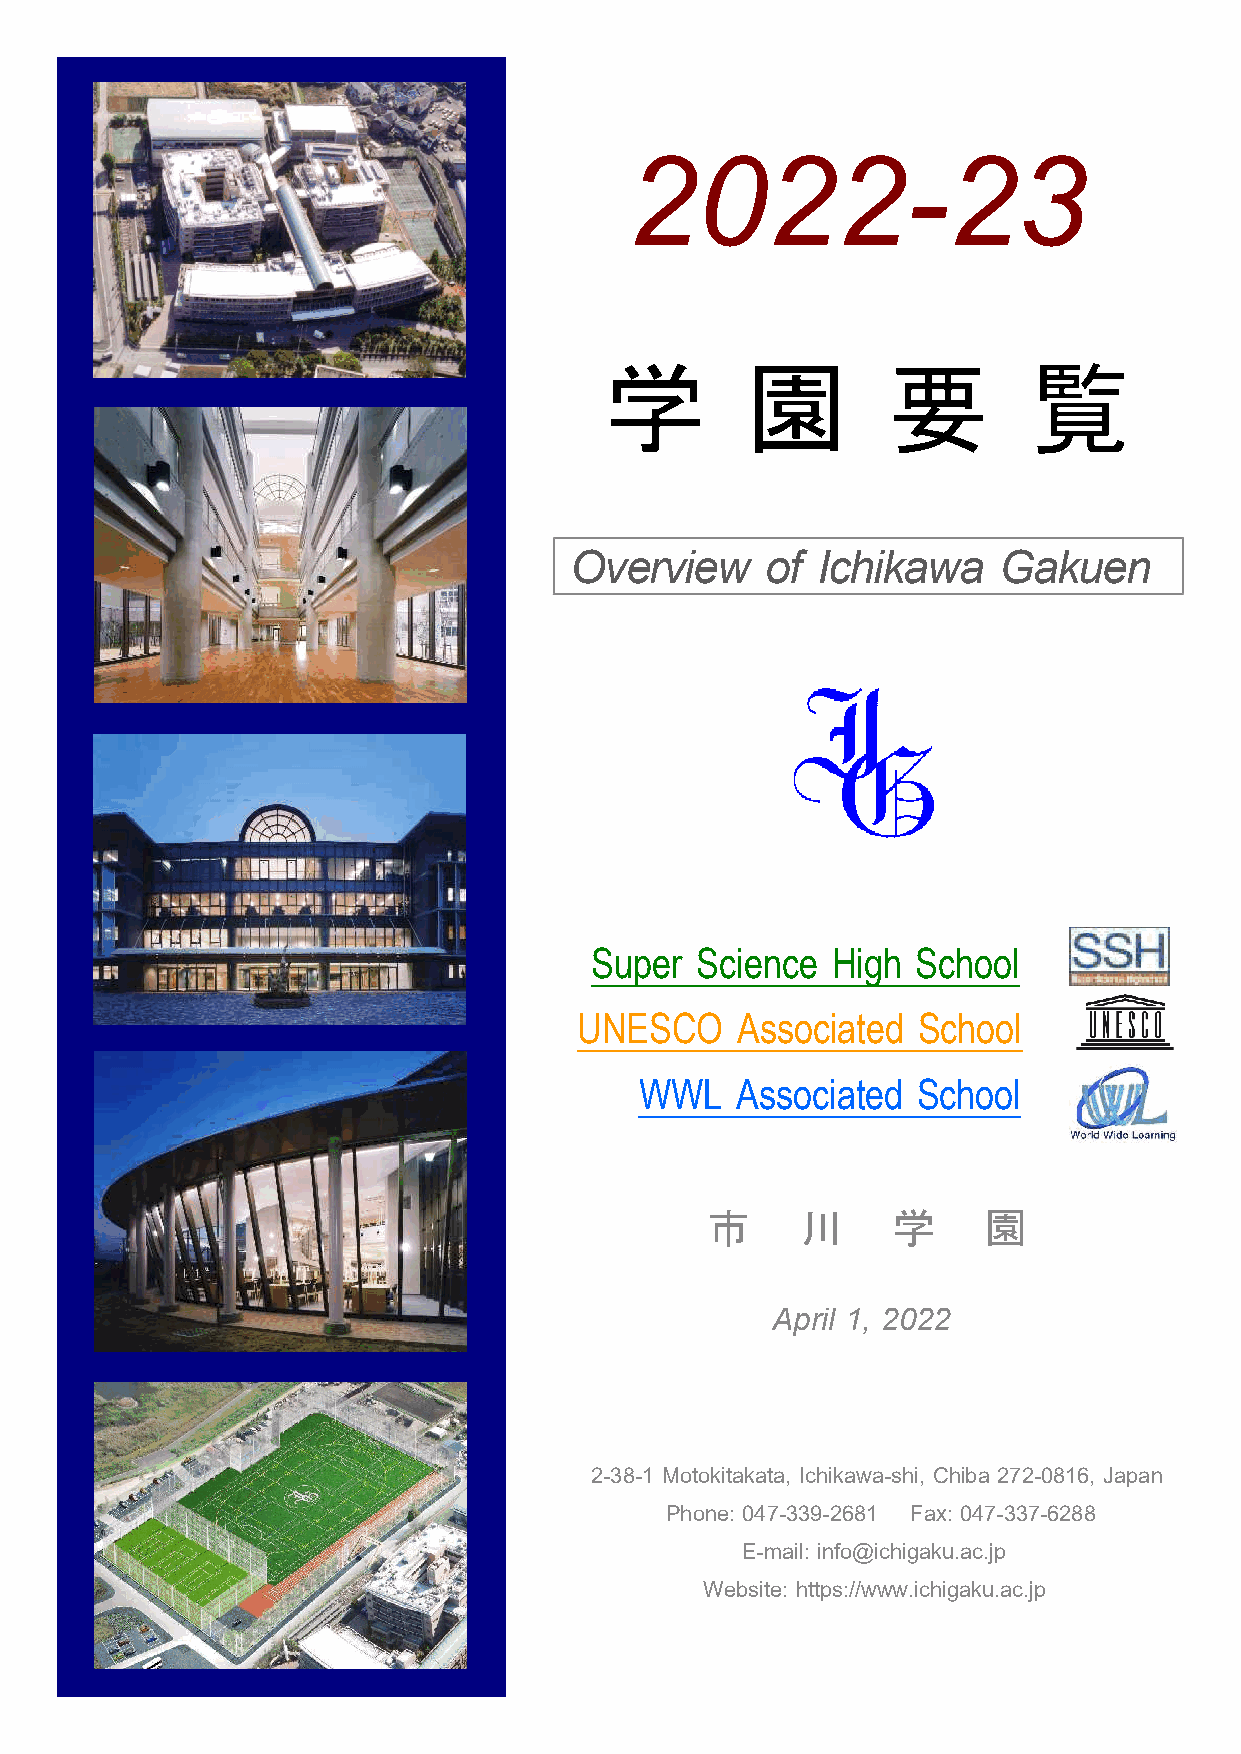
2022-23
 学        園         要        覧
 Overview     of Ichikawa    Gakuen
 Super  Science  High  School
 UNESCO     Associated  School
 WWL    Associated  School
 W
 市     川     学     園
 April 1, 2022
 2-38-1 Motokitakata, Ichikawa-shi, Chiba 272-0816, Japan
 Phone: 047-339-2681 Fax: 047-337-6288
 E-mail: info@ichigaku.ac.jp
 Website: https://www.ichigaku.ac.jp